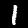
Digit: 1